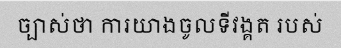
ច្បាស់ថា ការយាងចូលទីវង្គត របស់